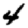
Digit: 4